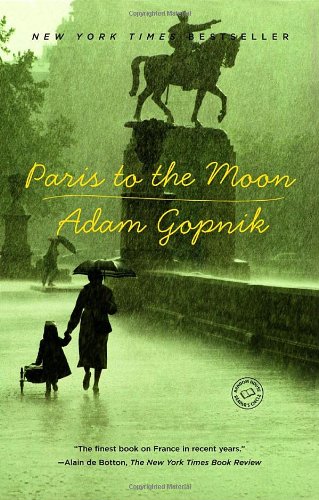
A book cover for Paris to the Moon; Adam Gopnik; Biographies & Memoirs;